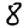
Digit: 8